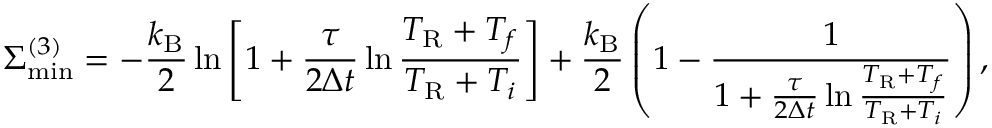
\Sigma _ { \mathrm { m i n } } ^ { ( 3 ) } = - \frac { k _ { \mathrm { B } } } { 2 } \ln \left[ 1 + \frac { \tau } { 2 \Delta t } \ln \frac { T _ { \mathrm { R } } + T _ { f } } { T _ { \mathrm { R } } + T _ { i } } \right] + \frac { k _ { \mathrm { B } } } { 2 } \left( 1 - \frac { 1 } { 1 + \frac { \tau } { 2 \Delta t } \ln \frac { T _ { \mathrm { R } } + T _ { f } } { T _ { \mathrm { R } } + T _ { i } } } \right) ,